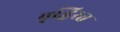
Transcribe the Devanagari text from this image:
वृद्धिरत